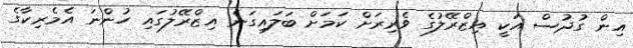
އިން ގުދުސް އަކީ އިޒްރޭލުގެ ވެރިރަށް ކަމަށް ބަލައިގަނެ އިޒްރޭލުގައި ހުންނަ އެމެރިކާގެ